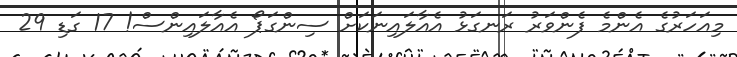
މިއަހަރުގެ އެންމެ ފެންވަރު ރަނގަޅު އެއާލައިނަކަށް ސިންގަޕޯ އެއާލައިންސް! 17 ގަޑި 29